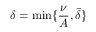
\delta = \operatorname* { m i n } \{ \frac \nu A , \bar { \delta } \}